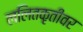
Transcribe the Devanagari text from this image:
ललितकृतीवर